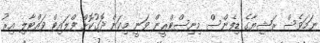
ނަމަވެސް ރަޝިޔާގެ ޑިފެންސް މިނިސްޓްރީން ވަނީ މިކަން ދޮގުކޮށް ފްލައިޓް ވައްޓާލި އިރު